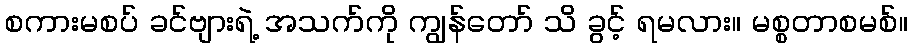
စကားမစပ် ခင်ဗျားရဲ့ အသက်ကို ကျွန်တော် သိ ခွင့် ရမလား။ မစ္စတာစမစ်။